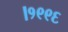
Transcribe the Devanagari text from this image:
।१९९६